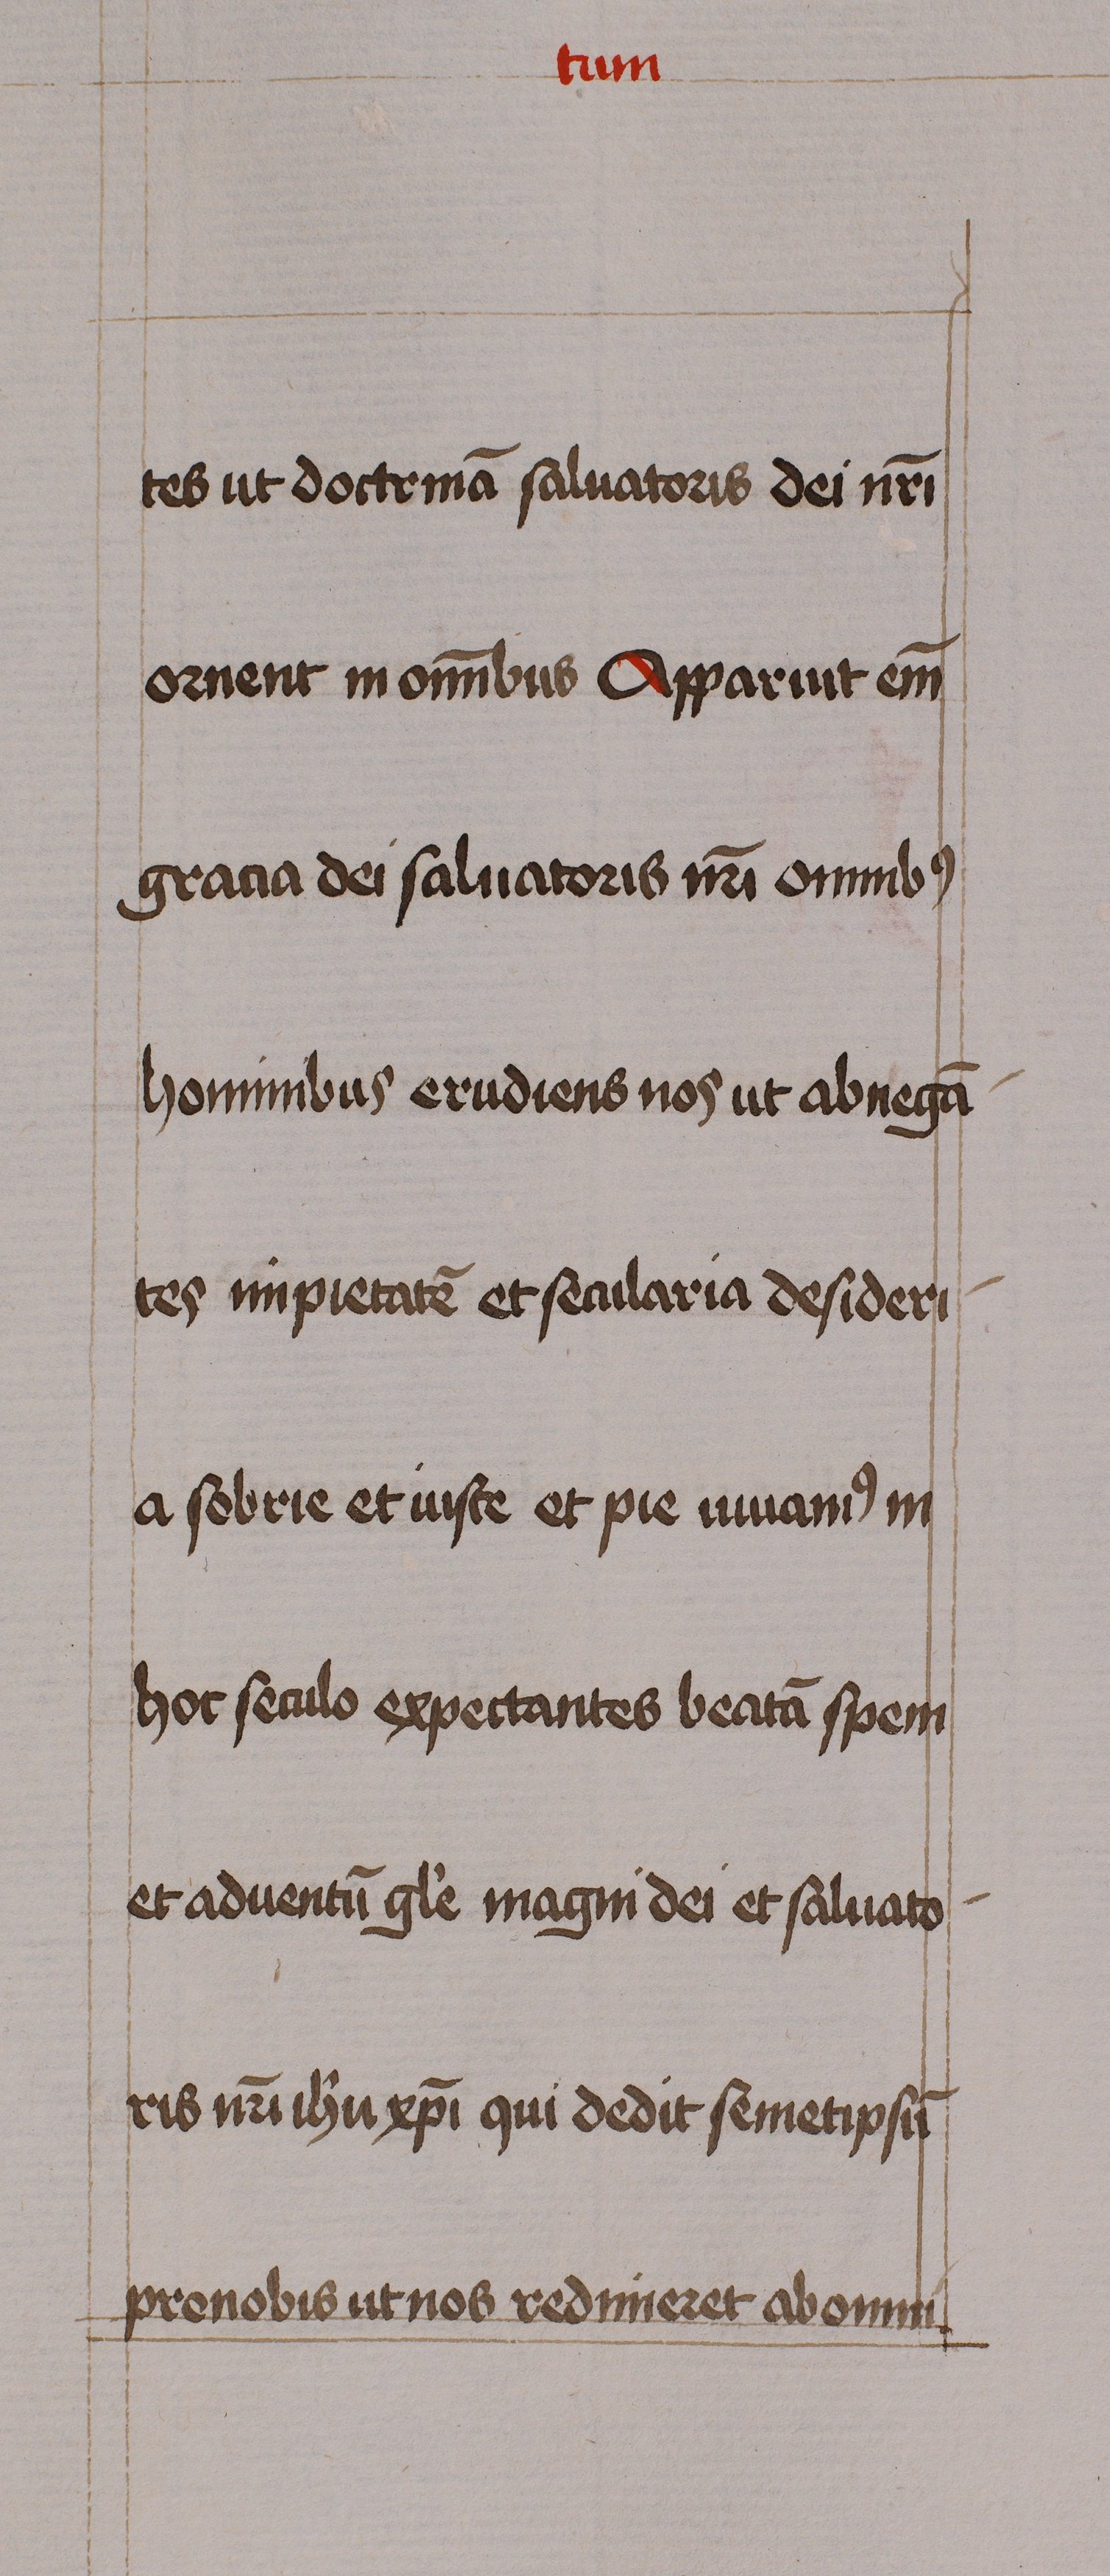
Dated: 1460–1460